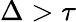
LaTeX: \Delta>\tau